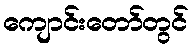
ကျောင်းတော်တွင်